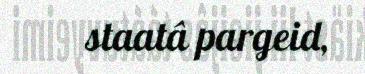
staatâ pargeid,